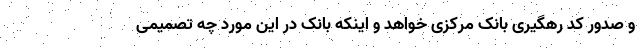
و صدور کد رهگیری بانک مرکزی خواهد و اینکه بانک در این مورد چه تصمیمی